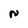
Character: N